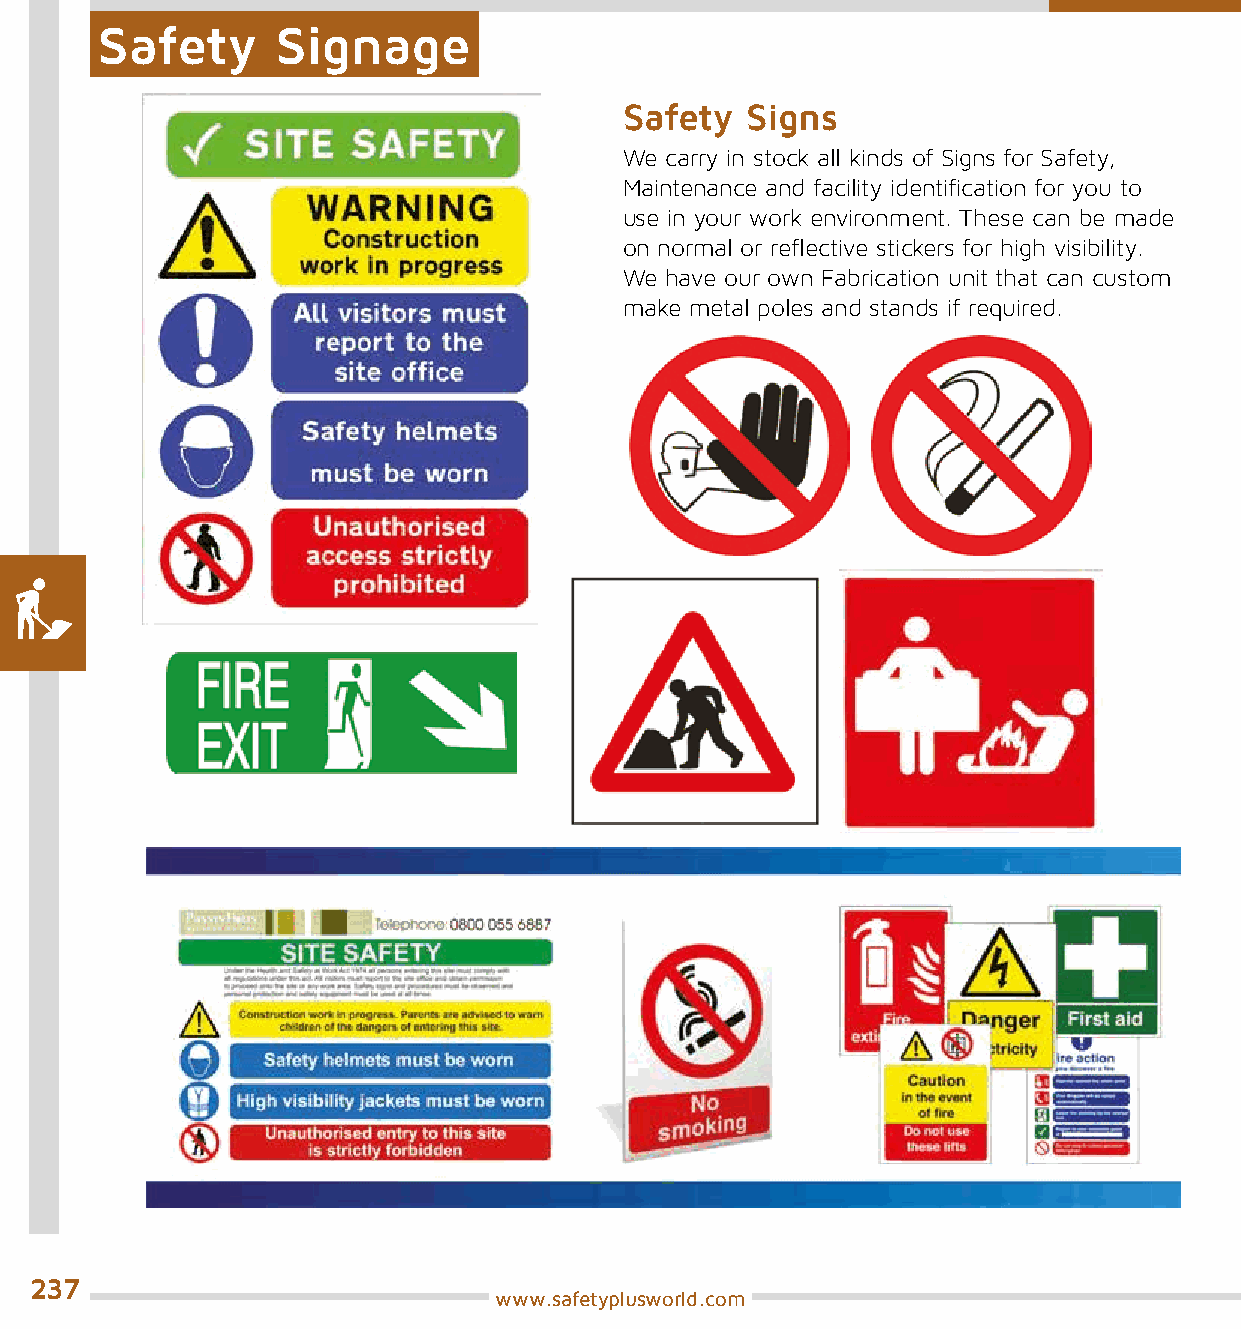
Safety      Signage
 Safety  Signs
 We carry in stock all kinds of Signs for Safety,
 Maintenance and facility identification for you to
 use in your work environment. These can be made
 on normal or reflective stickers for high visibility.
 We have our own Fabrication unit that can custom
 make metal poles and stands if required.
 237
 www.safetyplusworld.com